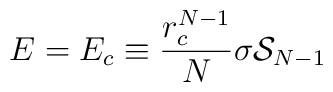
E=E_c\equiv {r_c^{N-1}\over N}\sigma  {\cal S}_{N-1}